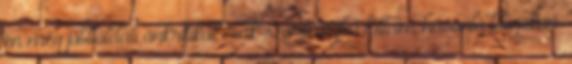
én még jobboldali önkritikát csak szórványba láttam hasonló blogokon.